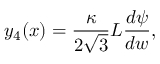
y _ { 4 } ( x ) = \frac { \kappa } { 2 \sqrt { 3 } } L \frac { d \psi } { d w } ,